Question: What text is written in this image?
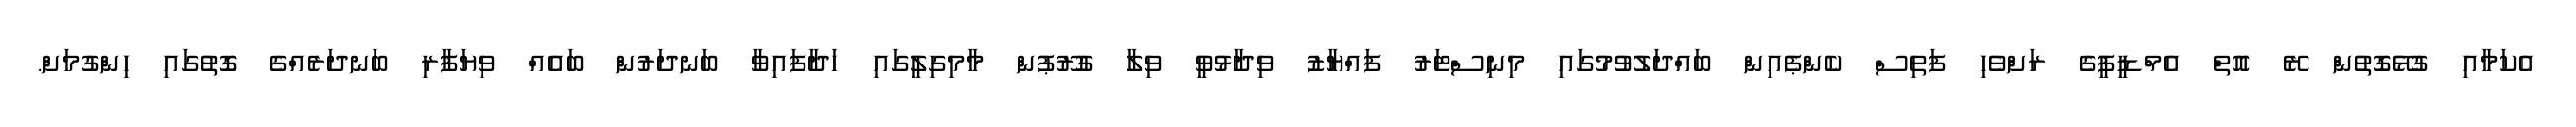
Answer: އެކަމާއި ގުޅޭގޮތުން ރޭ އޮތް އެމްޑީޕީގެ ރަށްވެހި ފަތިސް ކެންޕެއިން ބައްދަލުވުމުގައި މިނިސްޓަރު ފައްޔާޒު ވިދާޅުވީ ވިލާ ގުރޫޕުން މާމިގިލީގައި ހަދާފައިވާ ބަނދަރުން ބައެއް ވިޔަފާރި ބަނދަރެއްގެ ގޮތުގައި ހިންގުމަށް.